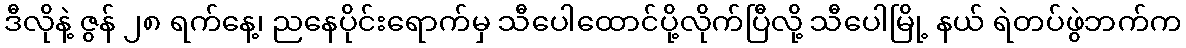
ဒီလိုနဲ့ ဇွန် ၂၈ ရက်နေ့၊ ညနေပိုင်းရောက်မှ သီပေါထောင်ပို့လိုက်ပြီလို့ သီပေါမြို့ နယ် ရဲတပ်ဖွဲဘက်က